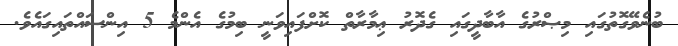
ބުނެވޭގޮތުގައި މިޞްރުގެ އާބާދީގައި ގެދޮރު ޢިމާރާތް ކޮށްފައިވަނީ ބިމުގެ އެންމެ 5 އިންސައްތައިގައެވެ.